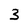
Character: 3